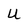
Character: U